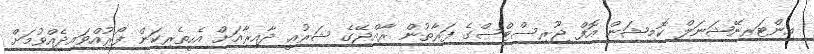
އިންޓަރނޭޝަނަލް ކޮމިޝަން އޮފް ޖޫރިސްޓްސްގެ ފަރާތުން ރާއްޖޭގެ ޝަރުޢީ ދާއިރާއަށް އެހީތެރިކަން ފޯރުއްވައިދެއްވުމަށް